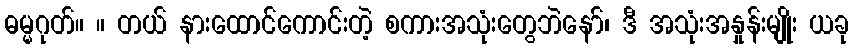
ဓမ္မဂုတ်။ ။ တယ် နားထောင်ကောင်းတဲ့ စကားအသုံးတွေဘဲနော်၊ ဒီ အသုံးအနှုန်းမျိုး ယခု